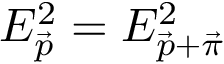
E _ { \vec { p } } ^ { 2 } = E _ { \vec { p } + \vec { \pi } } ^ { 2 }